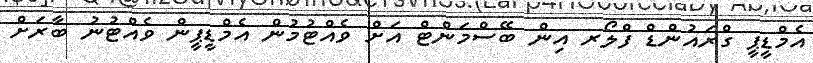
އެމްޑީޕީ ގްރައުންޑް ފްލޯރ އިން ބޭސްމަންޓް އަށް ވެއްޓުމުން އެމްޑީޕީން ވެއްޓުނު ބާރަށް